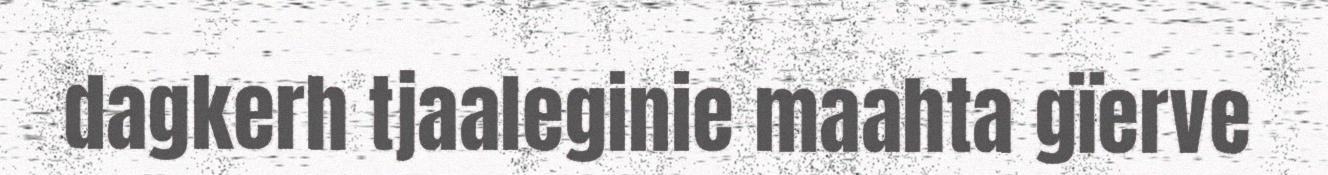
dagkerh tjaaleginie maahta gïerve